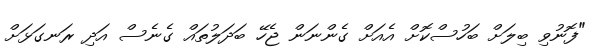
"ފޮނުވި ބިލަށް ބަހުސްކޮށް އެއަށް ގެންނަން ޖެހޭ ބަދަލުތައް ގެނެސް އަދި ރަނގަޅަށް